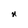
Character: r